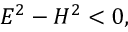
E ^ { 2 } - H ^ { 2 } < 0 ,